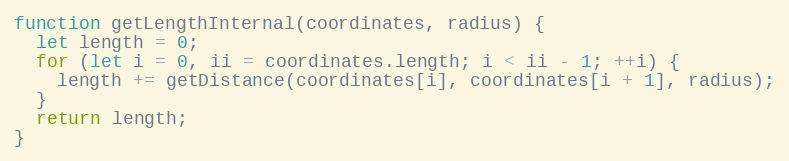
Language: JavaScript
function getLengthInternal(coordinates, radius) {
  let length = 0;
  for (let i = 0, ii = coordinates.length; i < ii - 1; ++i) {
    length += getDistance(coordinates[i], coordinates[i + 1], radius);
  }
  return length;
}